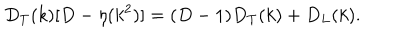
LaTeX: D _ { T } ( k ) [ D - \eta ( k ^ { 2 } ) ] = ( D - 1 ) D _ { T } ( k ) + D _ { L } ( k ) .